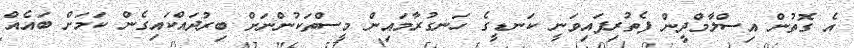
އެ ގޮތުން އިސްލާމްދީން ފެތުރިފައިވަނީ ކަނޑީގެ ހަނގުރާމައިން މީސްތަކުންނަށް ބިރުދައްކައިގެން ކަމަށް ބައެއް